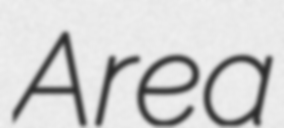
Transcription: Area